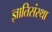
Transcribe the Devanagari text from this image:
ज्ञातिसंस्था